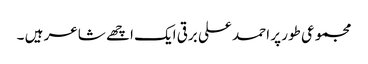
مجموعی طور پر احمد علی برقی ایک اچھے شاعر ہیں ۔